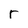
Character: r